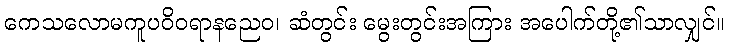
ကေသလောမကူပဝိဝရာနညေဝ၊ ဆံတွင်း မွေးတွင်းအကြား အပေါက်တို့၏သာလျှင်။